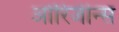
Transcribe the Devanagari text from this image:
ओरिजीन्स